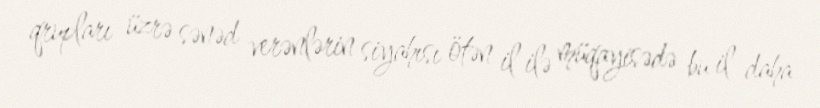
qrupları üzrə sənəd verənlərin siyahısı ötən il ilə müqayisədə bu il daha